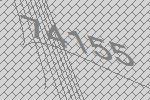
74155